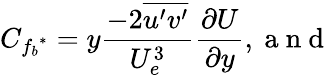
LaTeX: C_{{f_{b}}^{*}}=y\frac{-2\overline{{u^{\prime}v^{\prime}}}}{U_{e}^{3}}\frac{\partial U}{\partial y},\mathrm{~a~n~d~}